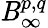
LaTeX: \mathit{B}_{\infty}^{p,q}